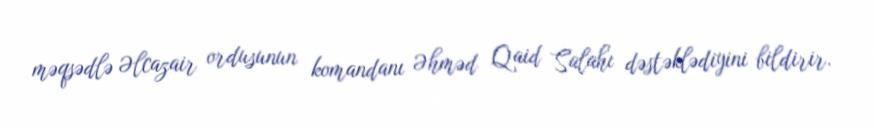
məqsədlə Əlcazair ordusunun komandanı Əhməd Qaid Salahı dəstəklədiyini bildirir.